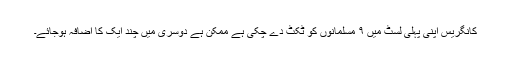
کانگریس اپنی پہلی لسٹ میں ۹ مسلمانوں کو ٹکٹ دے چکی ہے ممکن ہے دوسری میں چند ایک کا اضافہ ہوجائے۔